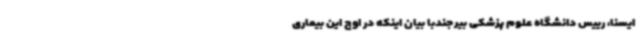
ایسنا، رییس دانشگاه علوم پزشکی بیرجندبا بیان اینکه در اوج این بیماری